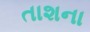
તાશના